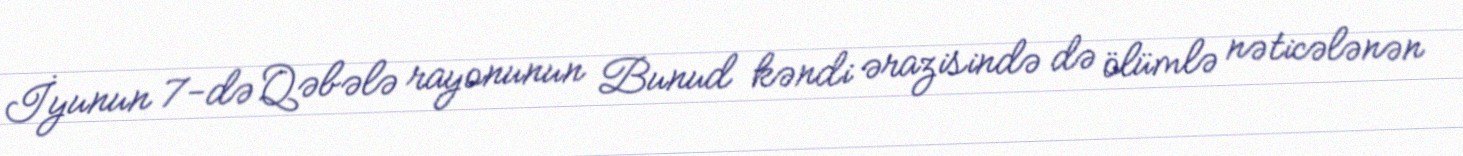
İyunun 7-də Qəbələ rayonunun Bunud kəndi ərazisində də ölümlə nəticələnən